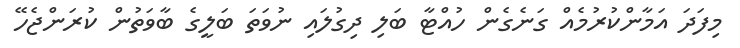
މިފަދަ އަމާންކުރުމެއް ގަނެގެން ހުއްޓާ ބަލި ދިގުލައި ނުވަތަ ބަލީގެ ބާވަތުން ކުރަންޖެހޭ